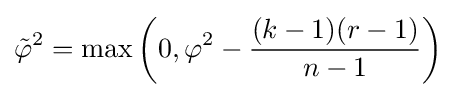
{\tilde {\varphi }}^{2}=\max \left(0,\varphi ^{2}-{\frac {(k-1)(r-1)}{n-1}}\right)